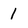
Character: 1